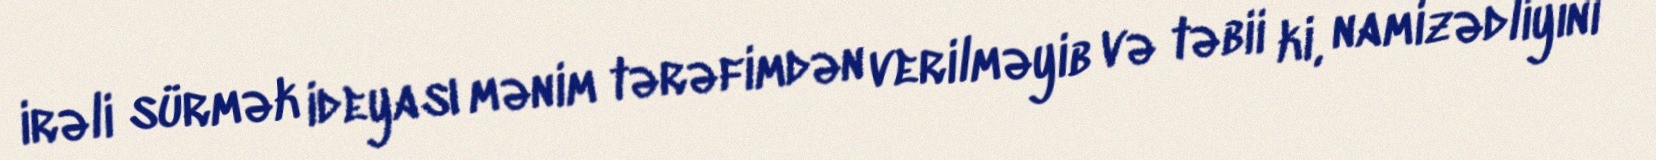
irəli sürmək ideyası mənim tərəfimdən verilməyib və təbii ki, namizədliyini